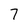
Character: 7